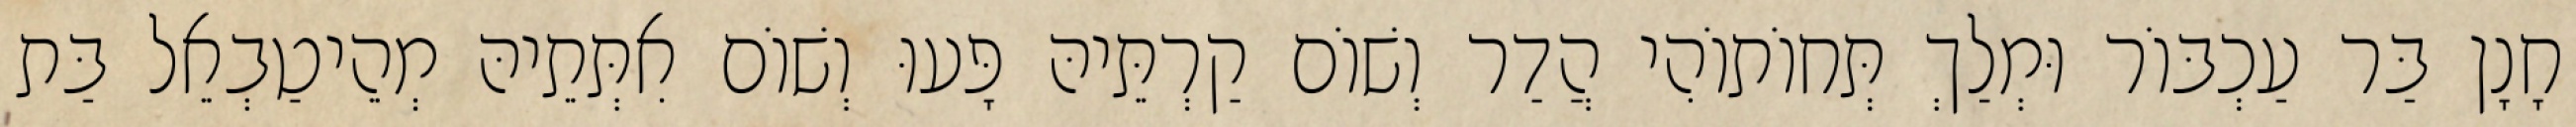
חָנָן בַּר עַכְבּוֹר וּמְלַךְ תְּחוֹתוֹהִי הֲדַר וְשׁוֹם קַרְתֵּיהּ פָּעוּ וְשׁוֹם אִתְּתֵיהּ מְהֵיטַבְאֵל בַּת